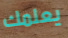
يعلمك